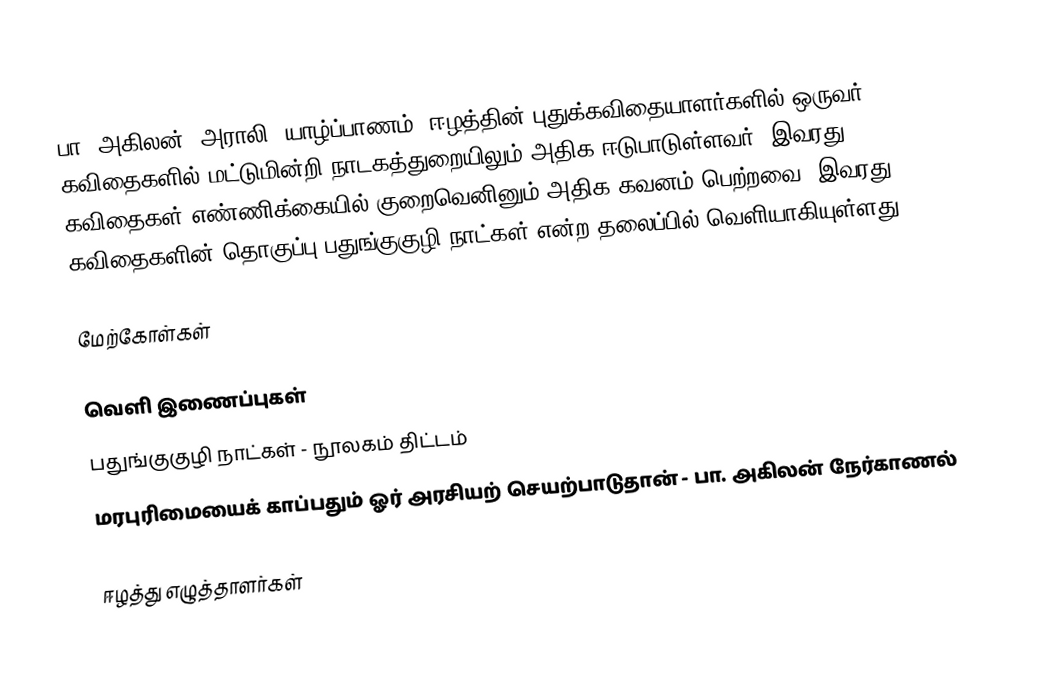
பா. அகிலன் (அராலி, யாழ்ப்பாணம்) ஈழத்தின் புதுக்கவிதையாளர்களில் ஒருவர்.  கவிதைகளில் மட்டுமின்றி நாடகத்துறையிலும் அதிக ஈடுபாடுள்ளவர். இவரது கவிதைகள் எண்ணிக்கையில் குறைவெனினும் அதிக கவனம் பெற்றவை. இவரது கவிதைகளின் தொகுப்பு பதுங்குகுழி நாட்கள்  என்ற தலைப்பில் வெளியாகியுள்ளது.

மேற்கோள்கள்

வெளி இணைப்புகள்
 பதுங்குகுழி நாட்கள் - நூலகம் திட்டம்
 மரபுரிமையைக் காப்பதும் ஓர் அரசியற் செயற்பாடுதான் - பா. அகிலன் நேர்காணல்

ஈழத்து எழுத்தாளர்கள்